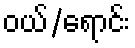
ဝယ်/ရောင်း